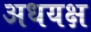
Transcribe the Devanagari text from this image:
अधयक्ष